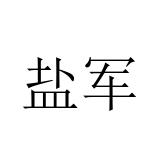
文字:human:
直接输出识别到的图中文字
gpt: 盐军